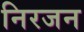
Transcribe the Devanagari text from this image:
निरजन